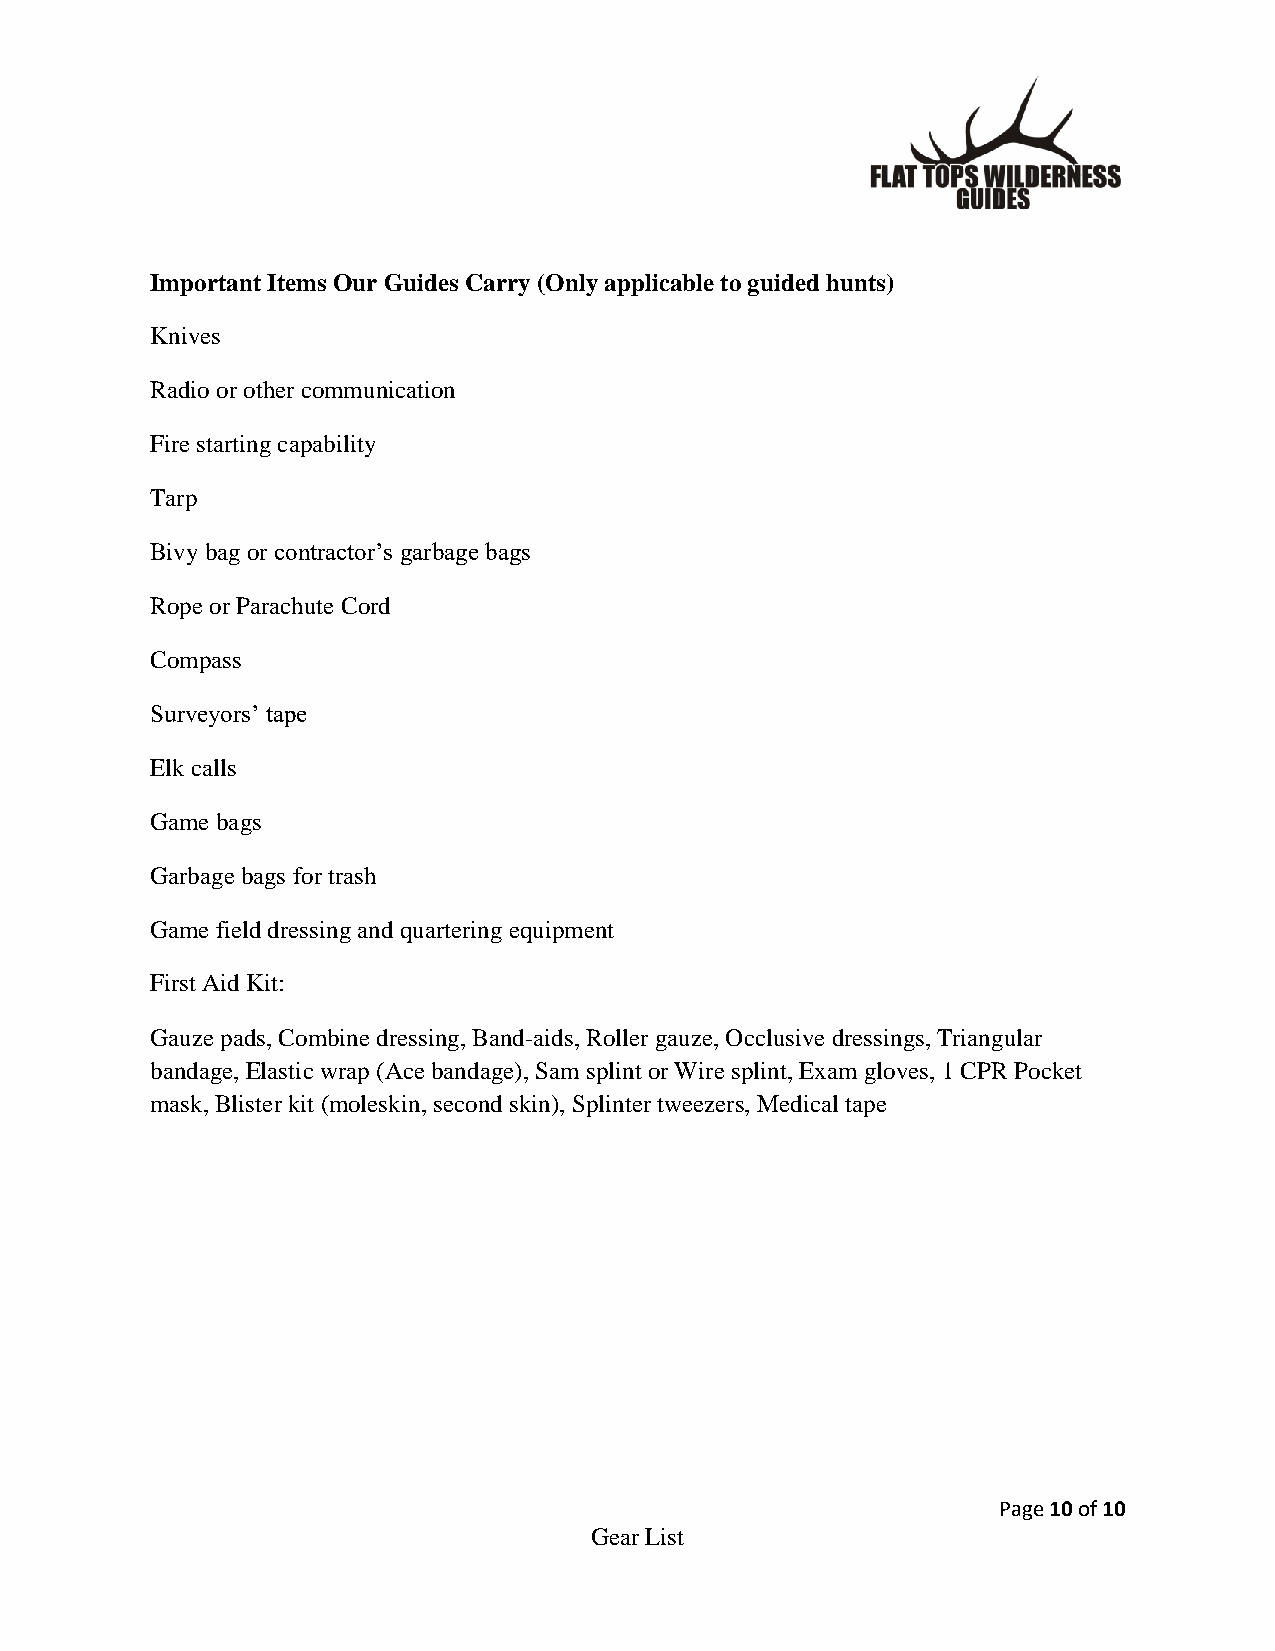
Important Items Our Guides Carry (Only applicable to guided hunts)
 Knives
 Radio or other communication
 Fire starting capability
 Tarp
 Bivy bag or contractor’s garbage bags
 Rope or Parachute Cord
 Compass
 Surveyors’ tape
 Elk calls
 Game bags
 Garbage bags for trash
 Game field dressing and quartering equipment
 First Aid Kit:
 Gauze pads, Combine dressing, Band-aids, Roller gauze, Occlusive dressings, Triangular
 bandage, Elastic wrap (Ace bandage), Sam splint or Wire splint, Exam gloves, 1 CPR Pocket
 mask, Blister kit (moleskin, second skin), Splinter tweezers, Medical tape
 Page 10 of 10
 Gear List